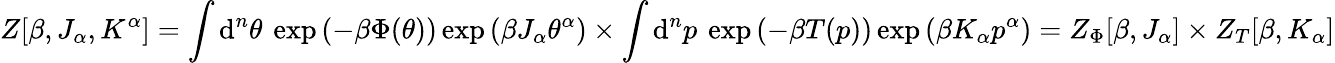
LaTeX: Z[\beta,J_{\alpha},K^{\alpha}]=\int\mathrm{d}^{n}\theta\: \exp\left(-\beta\Phi(\theta)\right)\exp\left(\beta J_{\alpha}\theta^{\alpha}\right)\times\int\mathrm{d}^{n}p\: \exp\left(-\beta T(p)\right)\exp\left(\beta K_{\alpha}p^{\alpha}\right)=Z_{\Phi}[\beta,J_{\alpha}]\times Z_{T}[\beta,K_{\alpha}]